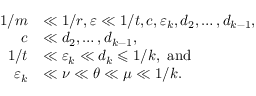
\begin{array} { r l } { 1 / m } & { \ll 1 / r , \varepsilon \ll 1 / t , c , \varepsilon _ { k } , d _ { 2 } , \dots , d _ { k - 1 } , } \\ { c } & { \ll d _ { 2 } , \dots , d _ { k - 1 } , } \\ { 1 / t } & { \ll \varepsilon _ { k } \ll d _ { k } \leqslant 1 / k , \mathrm { ~ a n d } } \\ { \varepsilon _ { k } } & { \ll \nu \ll { \theta } \ll \mu \ll 1 / k . } \end{array}